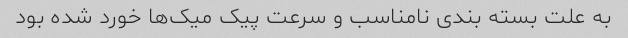
به علت بسته بندی نامناسب و سرعت پیک میک‌ها خورد شده بود